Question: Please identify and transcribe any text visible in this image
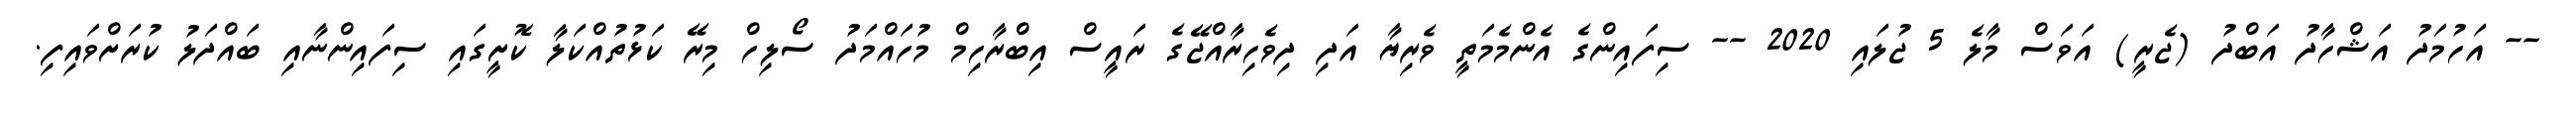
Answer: -- އަހުމަދު އަޝްހާދު އަބްދު (ޖެރީ) އަވަސް މާލެ 5 ޖުލައި 2020 -- ސިފައިންގެ އެންމެމަތީ ވެރިޔާ އަދި ދިވެހިރާއްޖޭގެ ރައީސް އިބްރާހިމް މުހައްމަދު ސޯލިހް މިރޭ ކަޅުތުއްކަލާ ކޮށީގައި ސިފައިންނާއި ބައްދަލު ކުރަށްވައިފި.